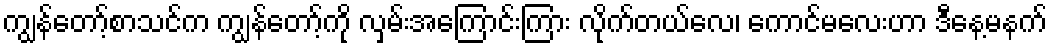
ကျွန်တော့်စာသင်က ကျွန်တော့်ကို လှမ်းအကြောင်းကြား လိုက်တယ်လေ၊ ကောင်မလေးဟာ ဒီနေ့မနက်